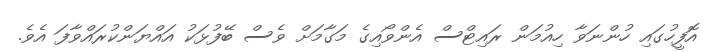
އޮފީހުގައި ހުންނަވާ ހިއުމަން ރައިޓްސް އެންވޯއިގެ މަގާމަށް ވެސް ބޭފުޅަކު އައްޔަންކުރައްވާފަ އެވެ.